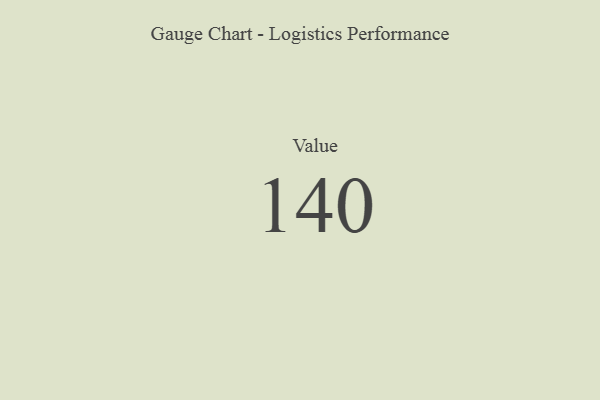
{"axis": {"x": "Metric", "y": "Value"}, "legend": [""], "data": [{"x": "Value", "y": 140, "type": ""}]}